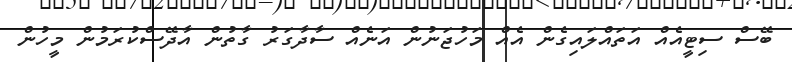
ބޭސް ސިޓީއެއް އަތައްލައިގެން އެއް މަހުޖަނުން އަނެއް ސާދާގަރު ގާތުން އާދޭސްކުރަމުން މީހުން